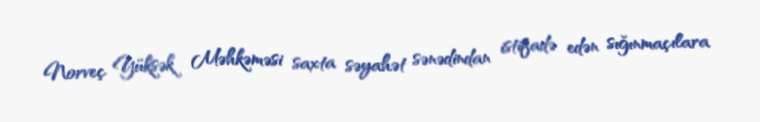
Norveç Yüksək Məhkəməsi saxta səyahət sənədindan istifadə edən sığınmaçılara